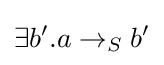
\exists b'.a\to _{S}b'